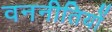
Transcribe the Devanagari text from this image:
वननीतियों